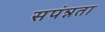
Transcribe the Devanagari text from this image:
सपंन्नता